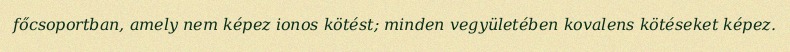
főcsoportban, amely nem képez ionos kötést; minden vegyületében kovalens kötéseket képez.